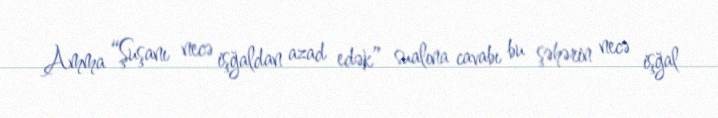
Amma “Şuşanı necə işğaldan azad edək” sualına cavabı bu şəhərin necə işğal